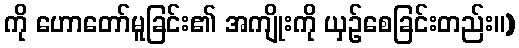
ကို ဟောတော်မူခြင်း၏ အကျိုးကို ယှဉ်စေခြင်းတည်း။)